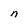
Character: n